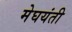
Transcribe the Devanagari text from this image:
मेघयंती